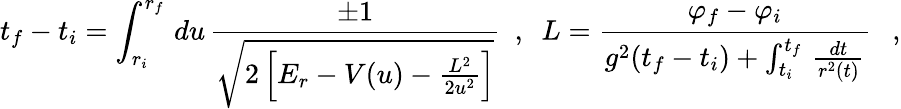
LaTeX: t_{f}-t_{i}=\int_{r_{i}}^{r_{f}}\, du\, \frac{\pm 1}{\sqrt{2\left[E_{r}-V(u)-\frac{L^{2}}{2u^{2}}\right]}}\ \ ,\ \ L=\frac{\varphi_{f}-\varphi_{i}}{g^{2}(t_{f}-t_{i})+\int_{t_{i}}^{t_{f}}\, \frac{dt}{r^{2}(t)}}\ \ \ ,